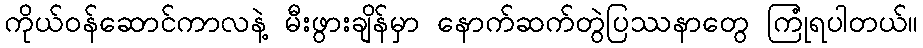
ကိုယ်ဝန်ဆောင်ကာလနဲ့ မီးဖွားချိန်မှာ နောက်ဆက်တွဲပြဿနာတွေ ကြုံရပါတယ်။